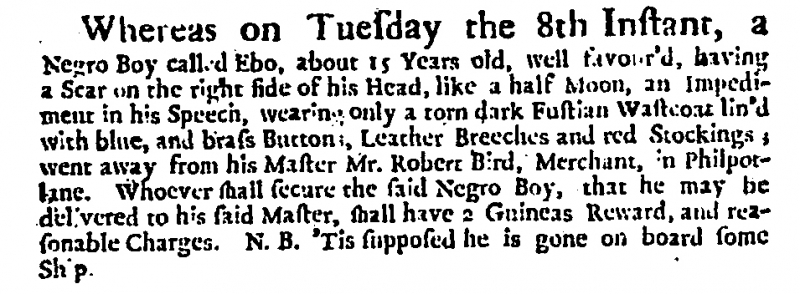
Daily Courant, 17 March 1720 (England)
Whereas on Tuesday the 8th Instant, a Negro Boy called Ebo, about 15 Years old, well favour’d, having a Scar on the right side of his Head, like a half Moon, an Impediment in his Speech, wearing only a torn dark Fustian Wastcoat lin’d with blue, and brass Buttons, Leather Breeches and red Stockings; went away from his Master Mr. Robert Bird, Merchant, in Philpot-lane. Whoever shall secure the said Negro Boy, that he may be delivered to his said Master, shall have 2 Guineas Reward, and reasonable Charges. N.B. ‘Tis supposed he is gone on board some Ship.